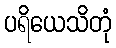
ပရိယေသိတုံ